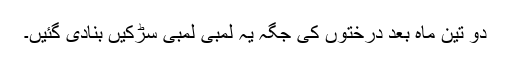
دو تین ماہ بعد درختوں کی جگہ یہ لمبی لمبی سڑکیں بنادی گئیں۔